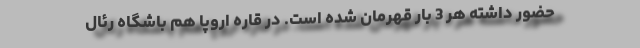
حضور داشته هر 3 بار قهرمان شده است. در قاره اروپا هم باشگاه رئال